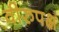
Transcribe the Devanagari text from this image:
वीरुपक्ष